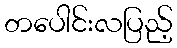
တပေါင်းလပြည့်